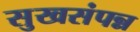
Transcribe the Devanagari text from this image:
सुखसंपन्न